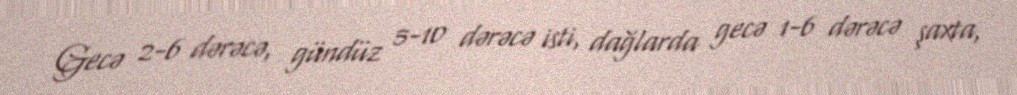
Gecə 2-6 dərəcə, gündüz 5-10 dərəcə isti, dağlarda gecə 1-6 dərəcə şaxta,